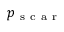
p _ { \mathrm { ~ s ~ c ~ a ~ r ~ } }